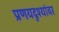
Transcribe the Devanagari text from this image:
प्रणयदृश्यांवर